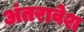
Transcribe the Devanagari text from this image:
अंतरावेश